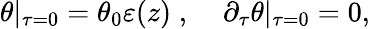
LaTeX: \theta|_{\tau=0}=\theta_{0}\varepsilon(z)\; ,\; \; \; \; \partial_{\tau}\theta|_{\tau=0}=0,